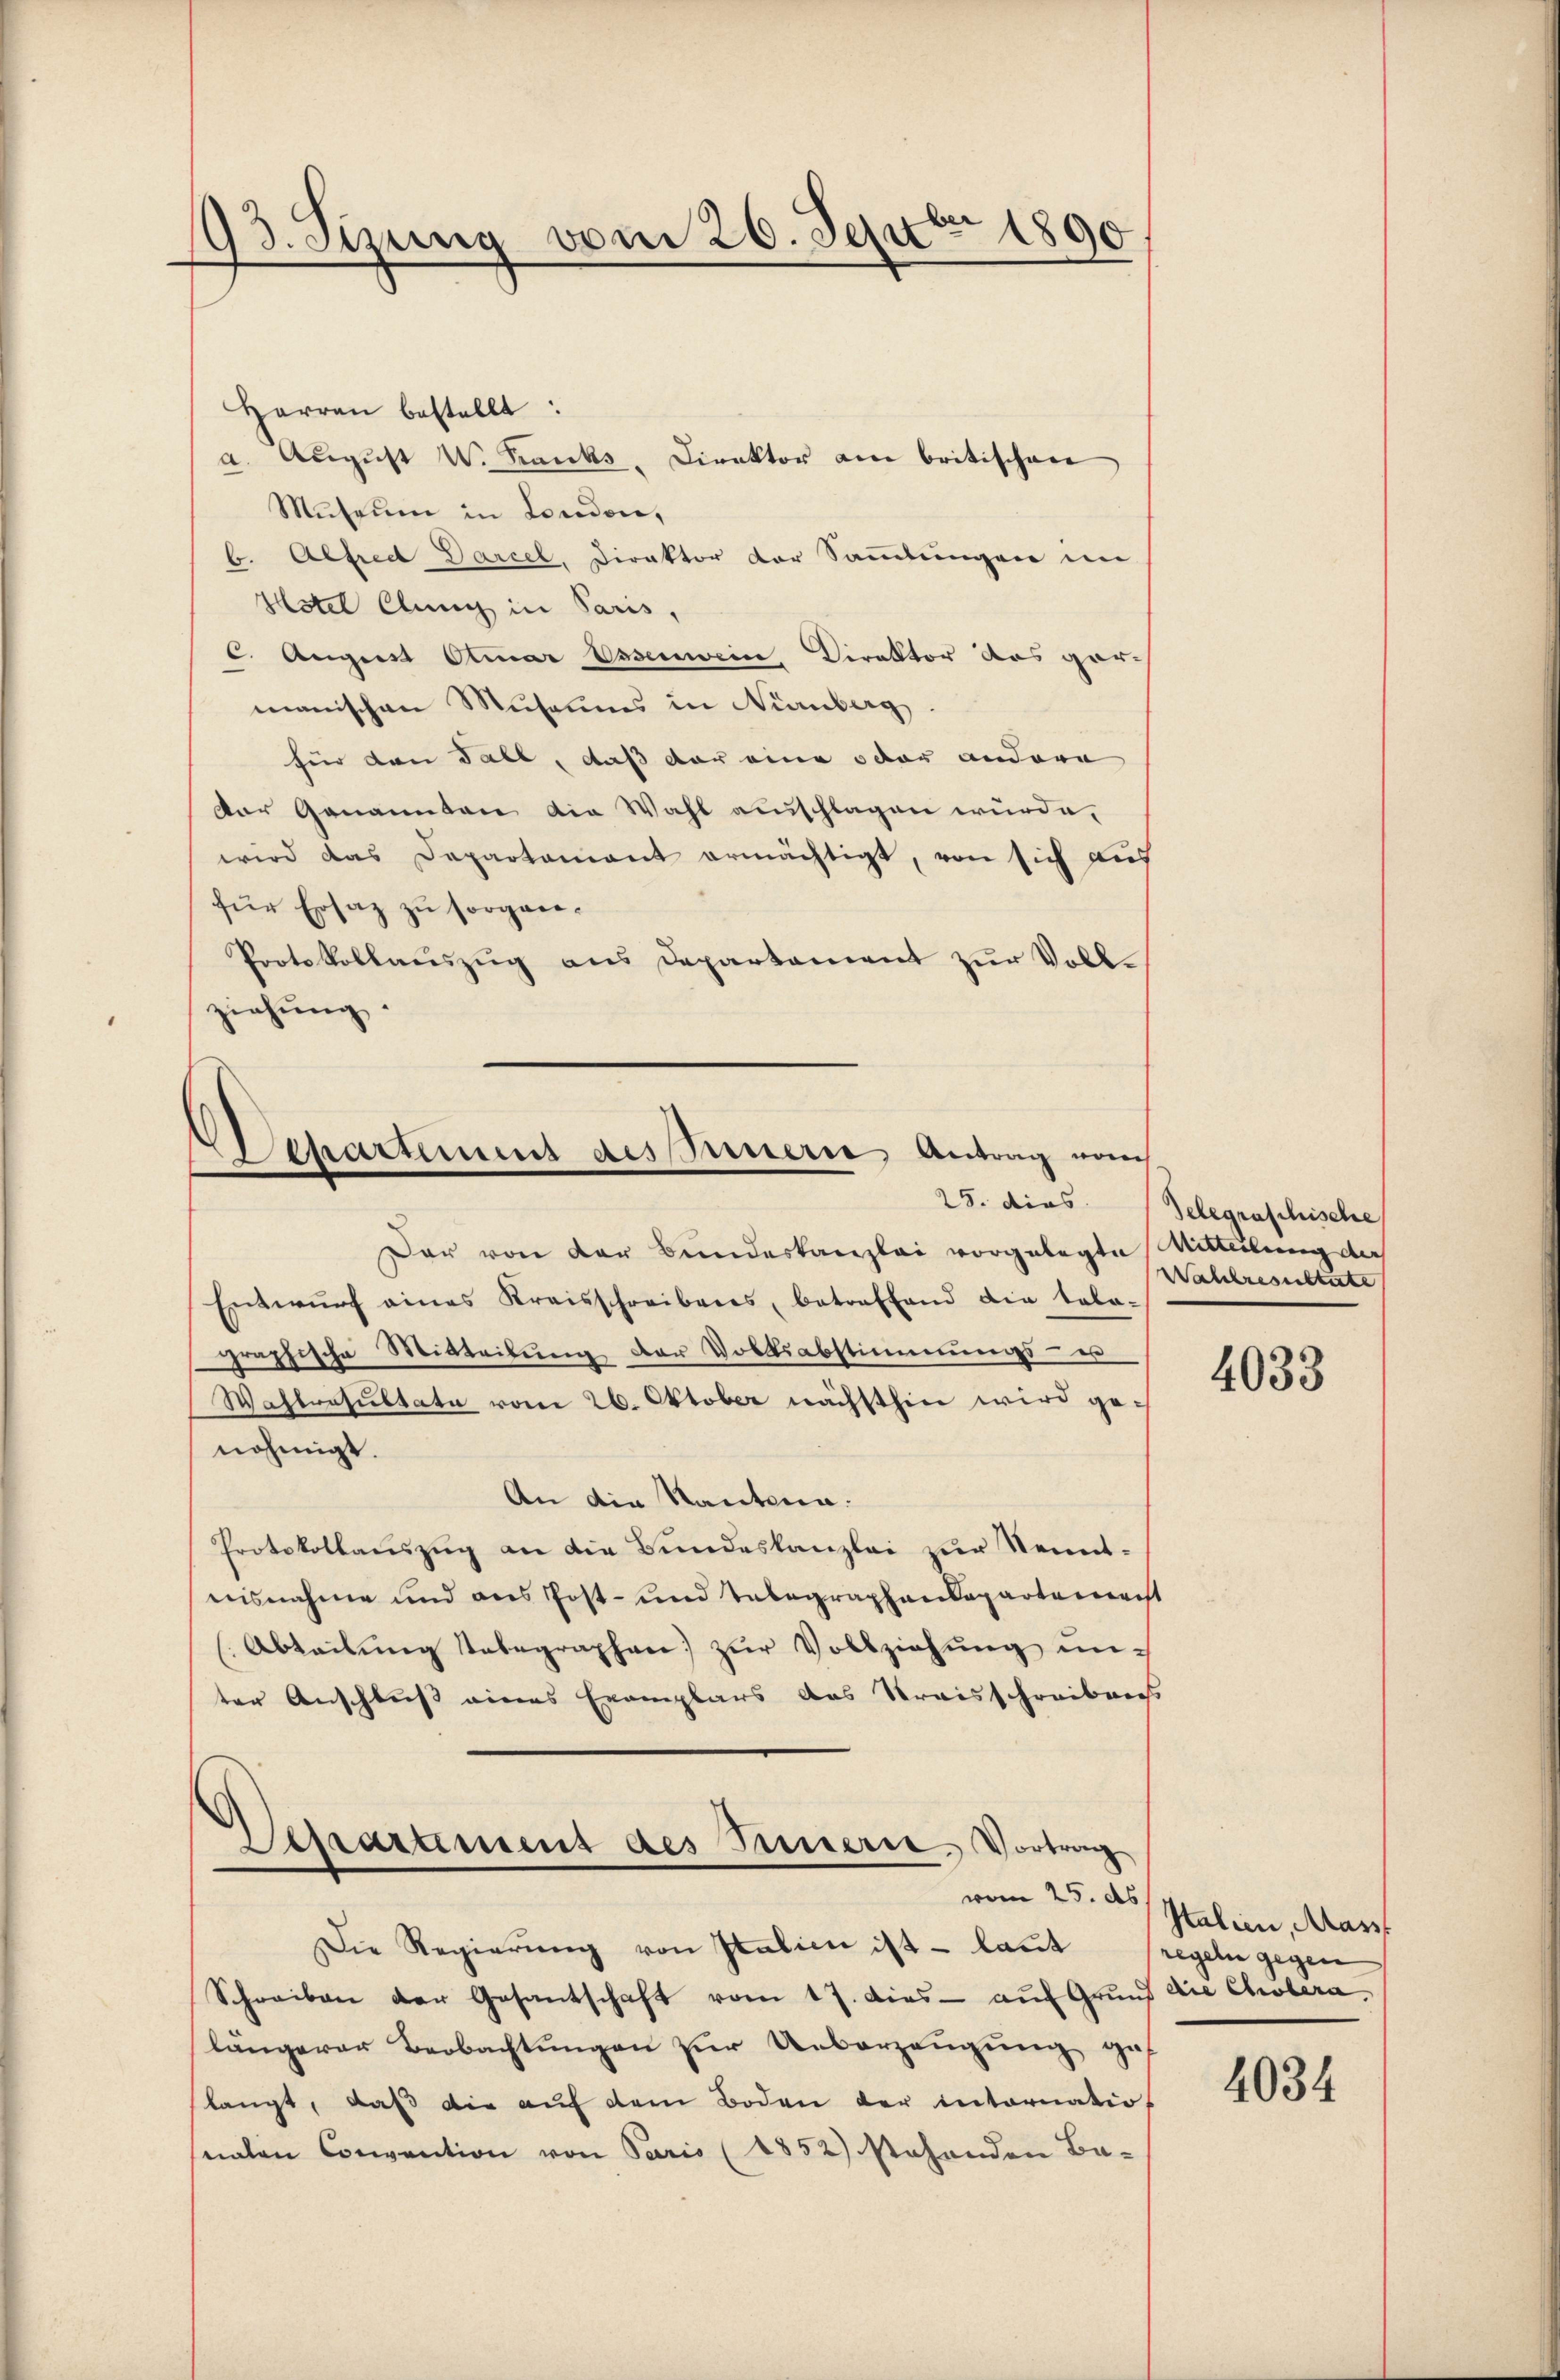
93. Stung vom 26. Septbr 1890

Harran bestellt:
a. Aŭgŭst W. Kranks, Direktor am britischen
Museum in London,
b. Alfred Darcel, Direktor der Sammlungen im
Hotel Clung in Paris,
C. August Alinar Essenwein, Direktor das garis
manischen Musannes in Nürnberg
für den Fall, daß der eine oder andere |
Der Genannten die Wahl ausschlagen wurde,
wird das Departament ermächtigt, von sich auf
für Ersatz zu sorgen.
Protokollauszug aus Departament zŭr Voll-
ziehung.

Dar von der Bundeskanzlei vorgelegte Mitteilung der
Entwŭrf eines Kraisschreibens, betreffend die tola-
graphische Mitteilung der Volksabstimmungs- u
Wahlresultate vom 26. Oktober nächsthin wird genehmigt.
An die Kautena.
Protokollauszug an die Bundeskanzlei zur Kenntesnahme und aus Post- und Telegraphendepartenrecht
Abteilŭng tabegraphen zŭr Vollziehŭng ŭn-
ter Anschluß eines Exemplars das Kreisschreibens
Departement des Innern, Vortrag

Departement des Sauern, Antrag vom
25. dies

vom 25. ds

Die Regierŭng von Italien ist - laut
Schreiben der Gesantschaft vom 17. dies aŭf Grŭf die Cholera
längerer Beobachtungen zur Ueberzeugung gef
langt, daß die auf dem Boden der internatio
snalen Convention von Paris (1852) stehenden Ba-

delegraschische
Walchresistirte

4033

Italien, Masst
regeln gegen

4034